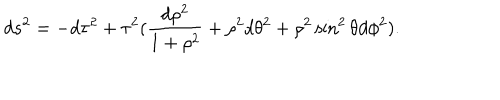
d s ^ { 2 } = - d \tau ^ { 2 } + \tau ^ { 2 } ( \frac { d \rho ^ { 2 } } { 1 + \rho ^ { 2 } } + \rho ^ { 2 } d \theta ^ { 2 } + \rho ^ { 2 } \sin ^ { 2 } \theta d \phi ^ { 2 } ) .